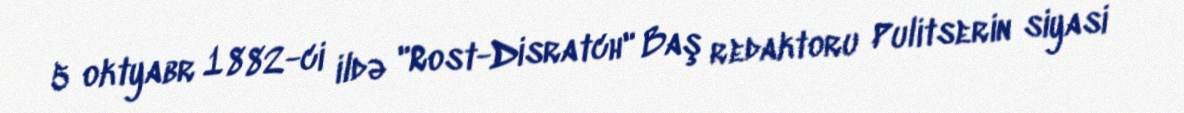
5 oktyabr 1882-ci ildə "Rost-Disratch" Baş redaktoru Pulitserin siyasi